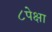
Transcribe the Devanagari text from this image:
८पेक्षा